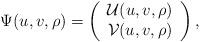
LaTeX: \begin{align*}\Psi(u,v,\rho)=\left(\begin{array}{c}{\cal{U}}(u,v,\rho) \\{\cal{V}}(u,v,\rho)\end{array}\right),\end{align*}